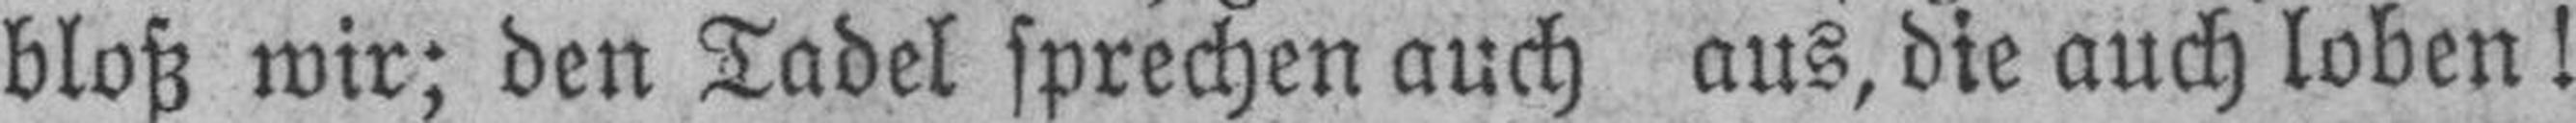
bloß wir; den Tadel sprechen auch aus, die auch loben!